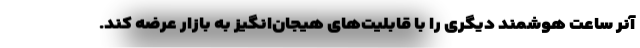
آنر ساعت هوشمند دیگری را با قابلیت‌های هیجان‌انگیز به بازار عرضه کند.